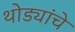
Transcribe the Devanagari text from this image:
थोड्यांचे